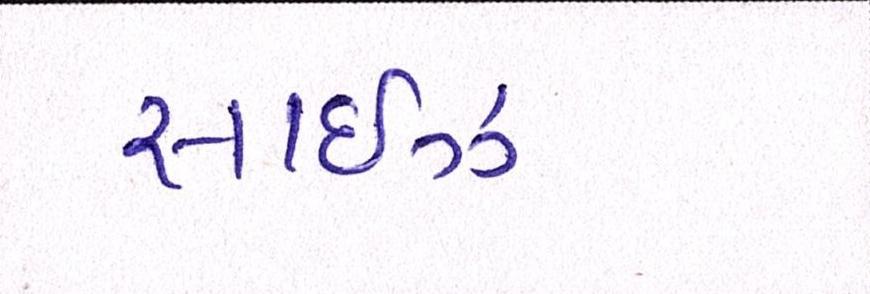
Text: સાઈઝા